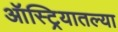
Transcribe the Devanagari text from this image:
ऑस्ट्रियातल्या